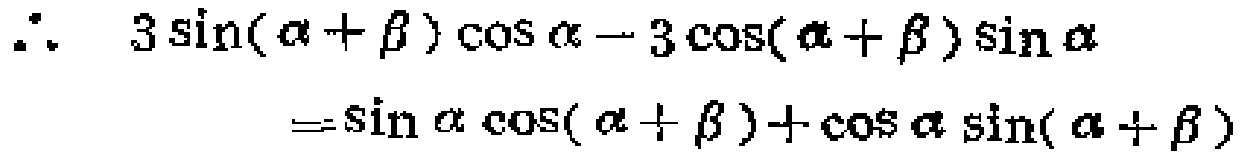
\[\therefore\ 3\sin(\alpha + \beta)\cos\alpha - 3\cos(\alpha + \beta)\sin\alpha=\sin\alpha\cos(\alpha + \beta)+\cos\alpha\sin(\alpha + \beta)\]